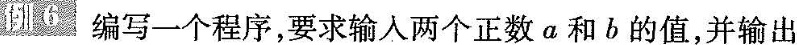
例6 编写一个程序，要求输入两个正数a和b的值，并输出